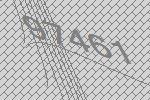
97461